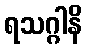
ရသဂ္ဂါနိ